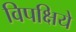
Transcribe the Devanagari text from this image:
विपक्षिये